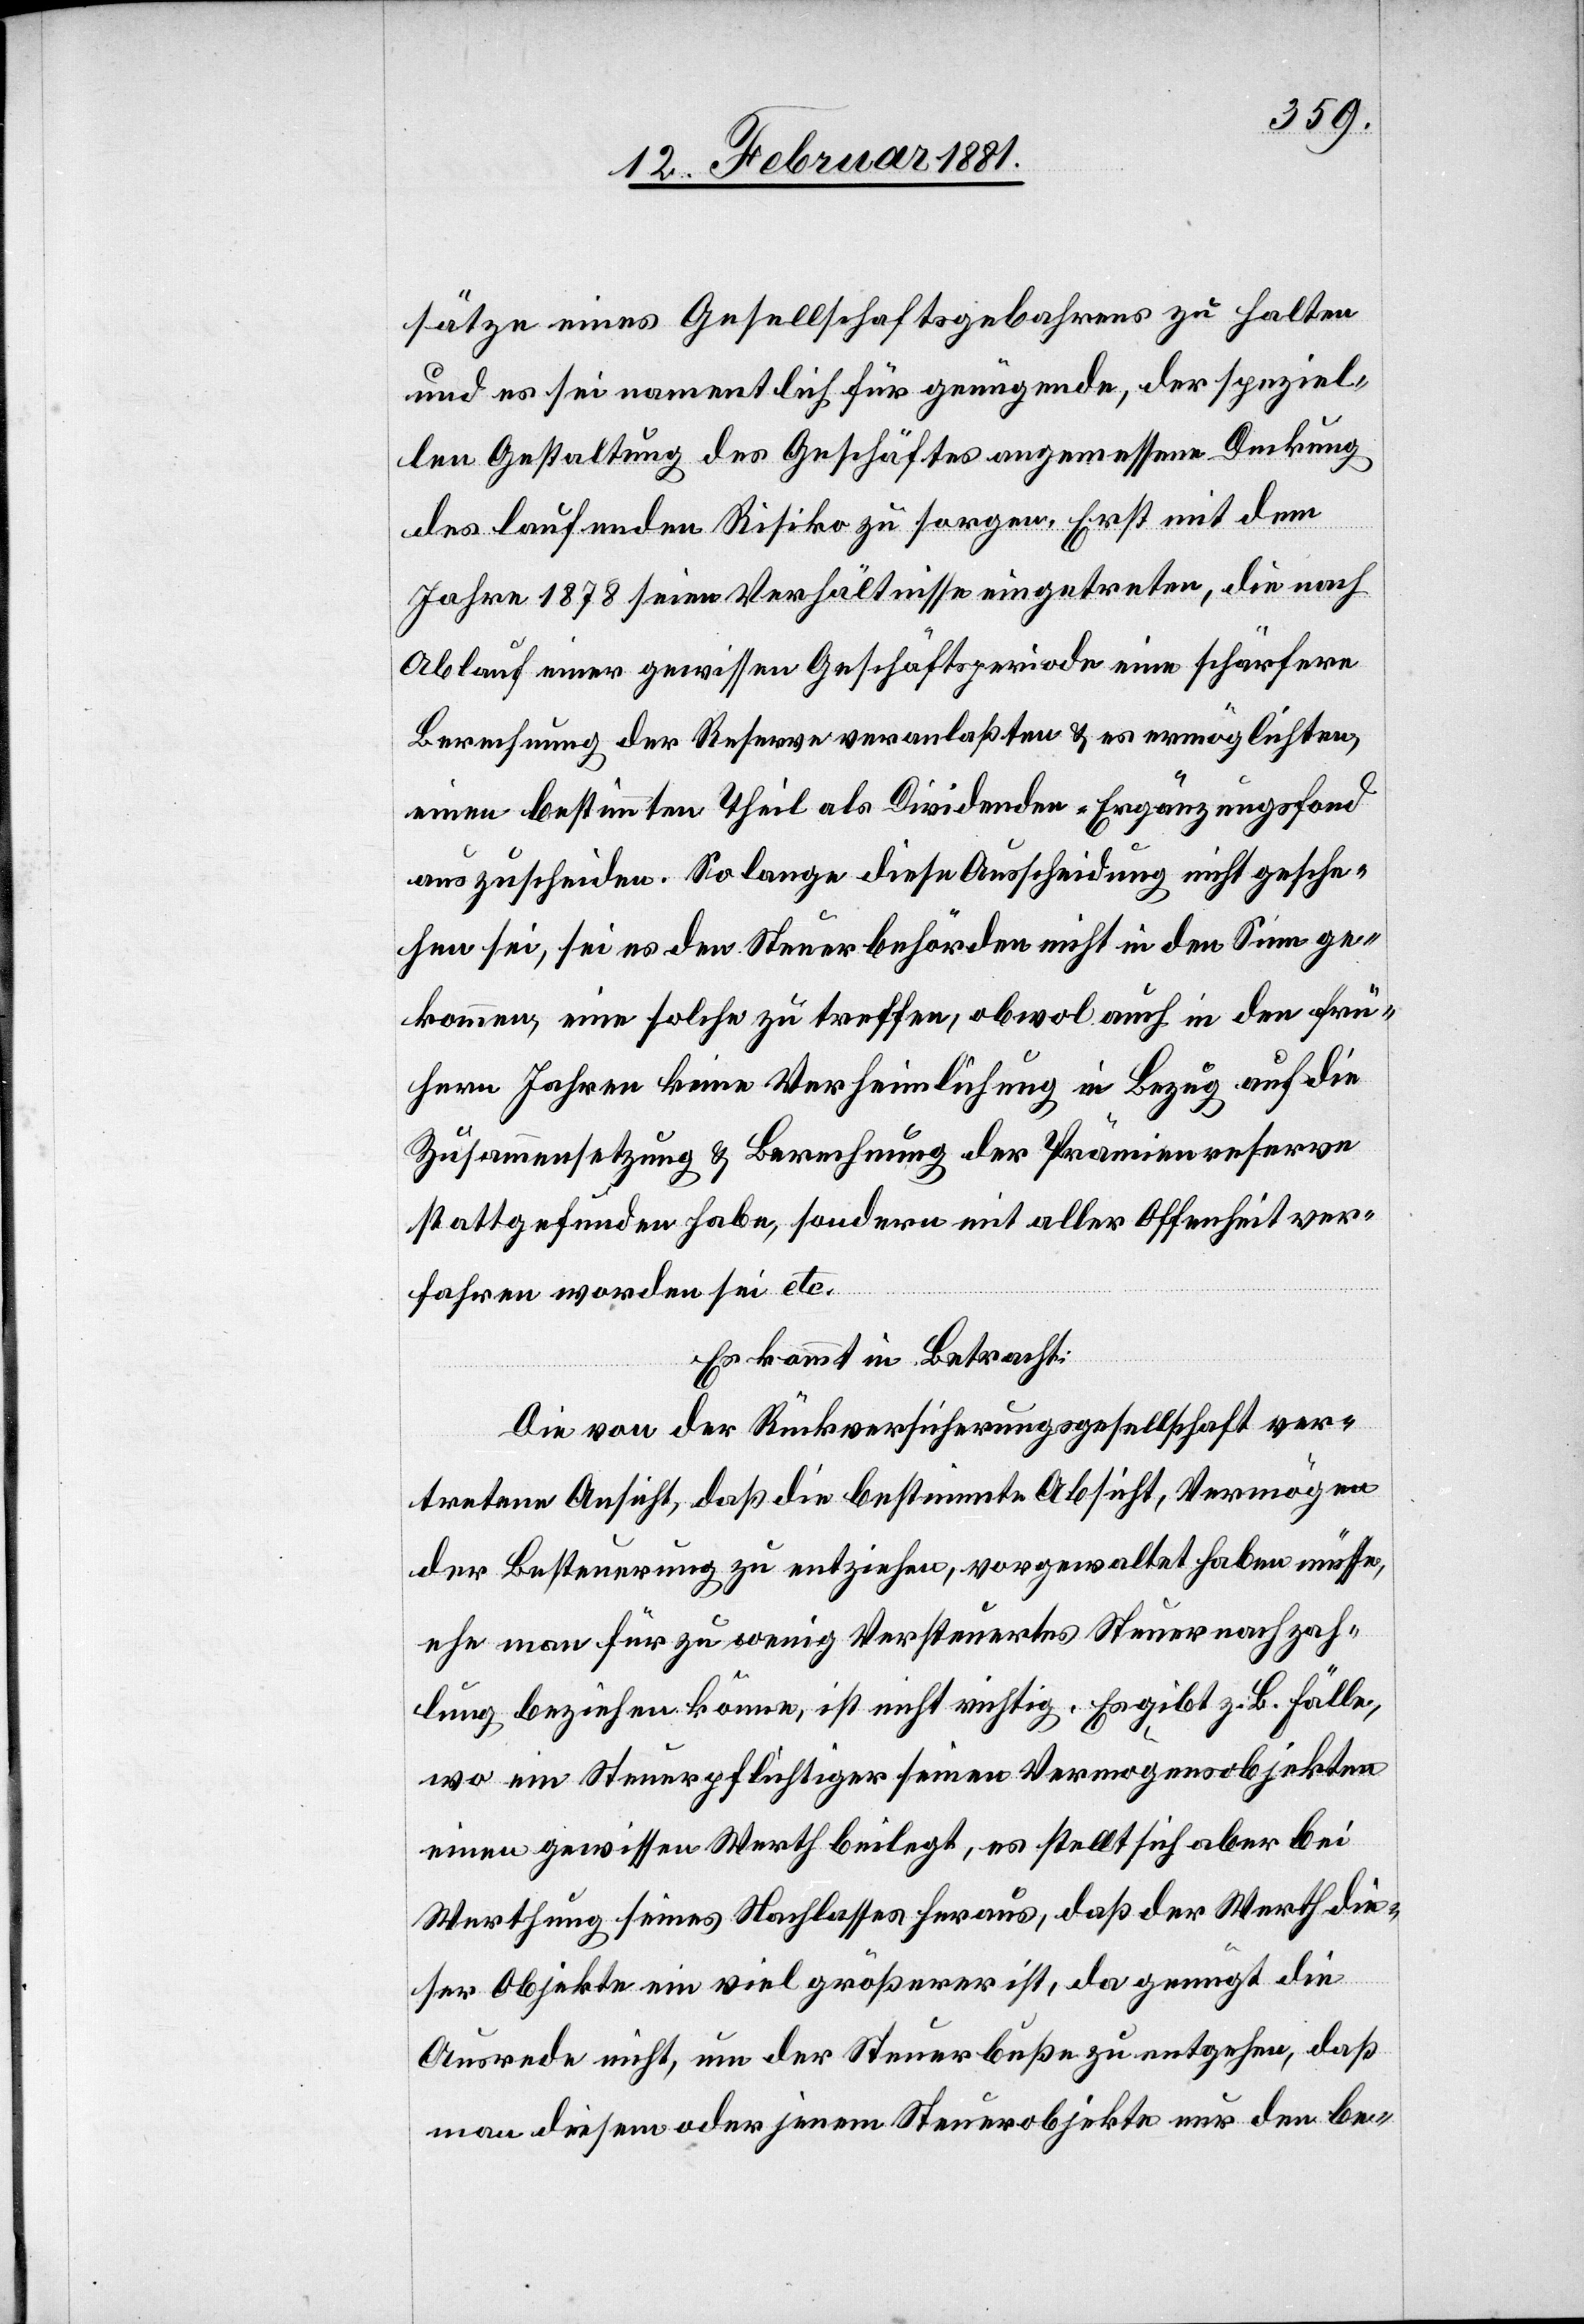
sätze eines Gesellschaftsgebahrens zu halten
und es sei namentlich für genügende, der speziel¬
len Gestaltung des Geschäftes angemessene Deckung
des laufenden Risiko zu sorgen. Erst mit dem
Jahre 1878 seien Verhältnisse eingetreten, die nach
Ablauf einer gewissen Geschäftsperiode eine schärfere
Berechnung der Reserve vernanlaßten & es ermöglichten,
einen bestimmten Theil als Dividenden-Ergänzungsfond
auszuschreiben. Solange diese Ausscheidung nicht gesche¬
hen sei, sei es den Steuerbehörden nicht in den Sinn ge¬
kommen, eine solche zu treffen, obwol auch in den frü¬
heren Jahren keine Verheimlichung in Bezug auf die
Zusammensetzung & Berechnung der Prämienreserve
stattgefunden habe, sondern mit aller Offenheit ver¬
fahren worden sei etc.
Es kommt in Betracht:
Die von der Rückversicherungsgesellschaft ver¬
tretene Ansicht, daß die bestimmte Absicht, Vermögen
der Besteuerung zu entziehen, vorgewaltet haben müsse,
ehe man für zu wenig Versteuertes Steuernachzah¬
lung beziehen könne ist nicht richtig. Es gibt z. B. Fälle,
wo ein Steuerpflichtiger seinen Vermögensobjekten
einen gewissen Werth beilegt, es stellt sich aber bei
Werthung seines Nachlasses heraus, daß der Werth die¬
ser Objekte ein viel größerer ist, da genügt die
Ausrede nicht, um der Steuerbuße zu entgehen, daß
man diesem oder jenem Steuerobjekte nur den be-